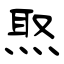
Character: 焣